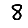
Digit: 8